Annual report on the health of the army in India
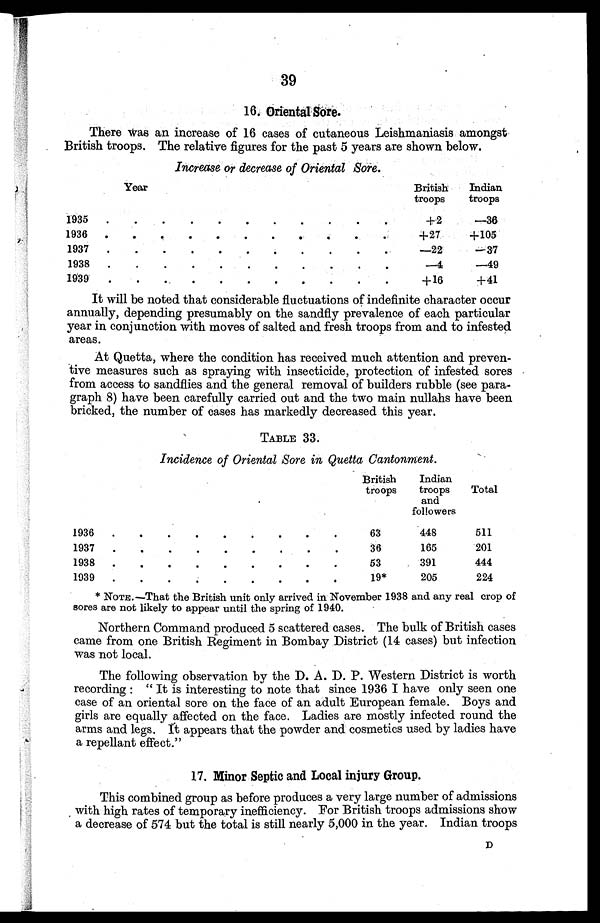
39
16. Oriental Sore.
There was an increase of 16 cases of cutaneous Leishmaniasis amongst
British troops. The relative figures for the past 5 years are shown below.
Increase or decrease of Oriental Sore.
Year
British
troops
Indian
troops
1935
.
.
.
.
.
.
.
.
.
.
+2
—36
1936
.
.
..
+27
+105
1937
.
.
.
.
•
•
•
-22
—37
1938
.
.
.
.
.
.
.
.
—4
—49
1939
.
•
•
•
•
•
•
•
•
+16
+41
It will be noted that considerable fluctuations of indefinite character occur
annually, depending presumably on the sandfly prevalence of each particular
year in conjunction with moves of salted and fresh troops from and to infested
areas.
At Quetta, where the condition has received much attention and preven
tive measures such as spraying with insecticide, protection of infested sores
from access to sandflies and the general removal of builders rubble (see para-
graph 8) have been carefully carried out and the two main nullahs have been
bricked, the number of cases has markedly decreased this year.
TABLE 33.
Incidence of Oriental Sore in Quetta Cantonment.
British
troops
Indian
troops
and
followers
Total
1936
.
.
•
•
•
•
•
•
•
63
448
511
1937
.
.
•
•
•
•
•
•
•
36
165
201
193
.
•
•
•
.
.
•
•
•
53
391
444
1939
.
.
-
.
.
.
-
-
•
19*
205
224
* NOTE.—That the British unit only arrived in November 1938 and any real crop of
sores are not likely to appear until the spring of 1940.
Northern Command produced 5 scattered cases. The bulk of British cases
came from one British Regiment in Bombay District (14 cases) but infection
was not local.
The following observation by the D. A. D. P. Western District is worth
recording : " It is interesting to note that since 1936 I have only seen one
case of an oriental sore on the face of an adult European female. Boys and
girls are equally affected on the face. Ladies are mostly infected round the
arms and legs. It appears that the powder and cosmetics used by ladies have
a repellant effect."
17. Minor Septic and Local injury Group.
This combined group as before produces a very large number of admissions
with high rates of temporary inefficiency. For British troops admissions show
a decrease of 574 but the total is still nearly 5,000 in the year. Indian troops